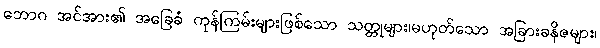
ဘောဂ အင်အား၏ အခြေခံ ကုန်ကြမ်းများဖြစ်သော သတ္တုများ၊မဟုတ်သော အခြားခနိဇများ၊